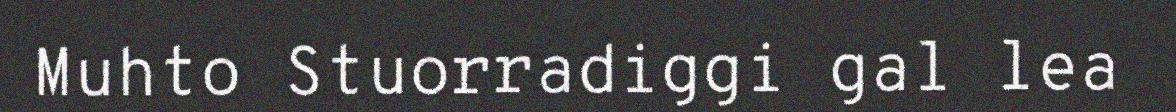
Muhto Stuorradiggi gal lea